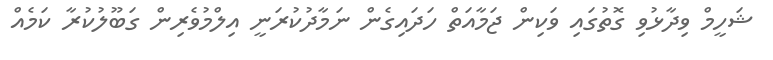
ޝަހީމް ވިދާޅުވި ގޮތުގައި ވަކިން ޖަމާއަތް ހަދައިގެން ނަމާދުކުރަނީ އިލްމުވެރިން ގަބޫލުކުރާ ކަމެއް